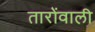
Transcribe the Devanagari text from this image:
तारोंवाली